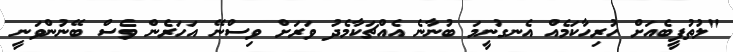
"ލުތުފީބެއަށް ހުރިހާކަމެއް އެނގުނީމަ ބުނާނެ އެއްޗަކާމެދު ވަރަށް ވިސްނޭ އަހަރެން ވެސް ބޭނުންވަނީ